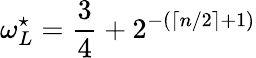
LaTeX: \omega_{L}^{\star}=\frac{3}{4}+2^{-(\lceil n/2\rceil+1)}